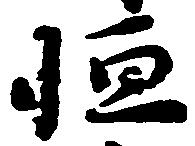
恒